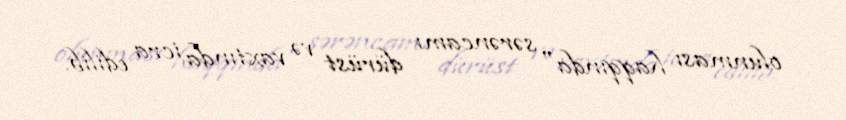
olunması haqqında" sərəncamı dürüst və vaxtında icra edilib.